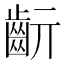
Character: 𪗞